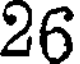
26